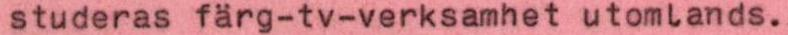
studeras färg-tv-verksamhet utomlands.